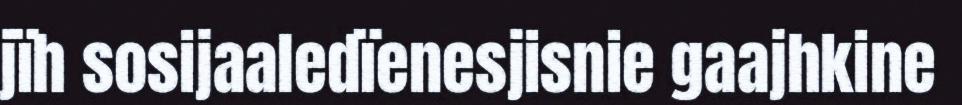
jïh sosijaaledïenesjisnie gaajhkine